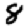
Digit: 8